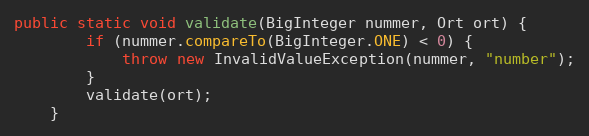
Language: Java
public static void validate(BigInteger nummer, Ort ort) {
        if (nummer.compareTo(BigInteger.ONE) < 0) {
            throw new InvalidValueException(nummer, "number");
        }
        validate(ort);
    }